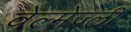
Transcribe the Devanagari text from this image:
वेल्मेज्ली